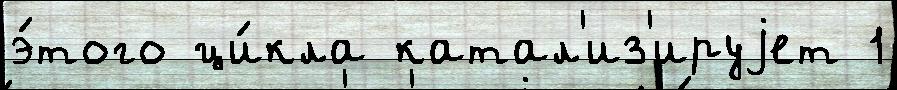
э́того ци́кла катал'из'ируjет 1